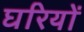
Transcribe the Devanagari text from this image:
घरियों